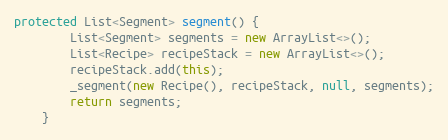
Language: Java
protected List<Segment> segment() {
        List<Segment> segments = new ArrayList<>();
        List<Recipe> recipeStack = new ArrayList<>();
        recipeStack.add(this);
        _segment(new Recipe(), recipeStack, null, segments);
        return segments;
    }